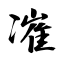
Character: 凗